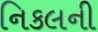
નિકલની